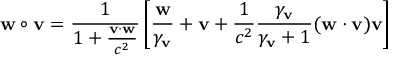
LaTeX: \mathbf { w } \circ \mathbf { v } = { \frac { 1 } { 1 + { \frac { \mathbf { v } \cdot \mathbf { w } } { c ^ { 2 } } } } } \left[ { \frac { \mathbf { w } } { \gamma _ { \mathbf { v } } } } + \mathbf { v } + { \frac { 1 } { c ^ { 2 } } } { \frac { \gamma _ { \mathbf { v } } } { \gamma _ { \mathbf { v } } + 1 } } ( \mathbf { w } \cdot \mathbf { v } ) \mathbf { v } \right]